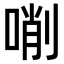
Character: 𠸑